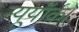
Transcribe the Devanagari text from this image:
न्यूयॉर्क।